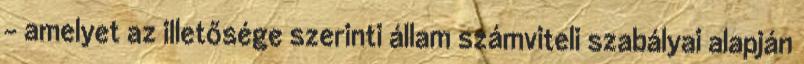
- amelyet az illetősége szerinti állam számviteli szabályai alapján